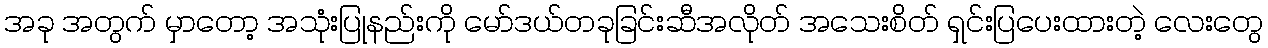
အခု အတွက် မှာတော့ အသုံးပြုနည်းကို မော်ဒယ်တခုခြင်းဆီအလိုတ် အသေးစိတ် ရှင်းပြပေးထားတဲ့ လေးတွေ